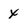
Character: x